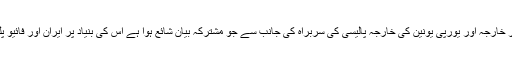
ایران کی ایٹمی مذاکراتی ٹیم کے ایک رکن نے کہا کہ اسلامی جمہوری ایران کے وزیر خارجہ اور یورپی یونین کی خارجہ پالیسی کی سربراہ کی جانب سے جو مشترکہ بیان شائع ہوا ہے اس کی بنیاد پر ایران اور فائیو پلس ون گروپ آئندہ چند ہفتوں میں مختلف صورتوں میں مشترکہ اجلاس تشکیل دیں گے۔